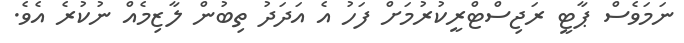
ނަމަވެސް ޕާޓީ ރަޖިސްޓްރީކުރުމަށް ފަހު އެ އަދަދު ތިބުން ލާޒިމެއް ނުކުރެ އެވެ.